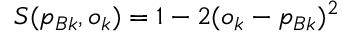
S ( p _ { B k } , o _ { k } ) = 1 - 2 ( o _ { k } - p _ { B k } ) ^ { 2 }